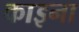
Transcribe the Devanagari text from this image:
काइना